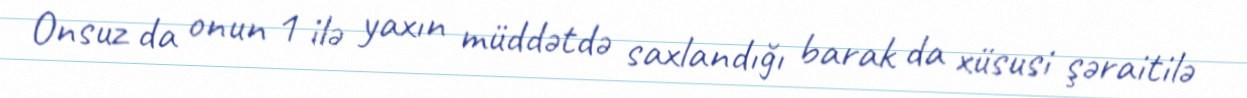
Onsuz da onun 1 ilə yaxın müddətdə saxlandığı barak da xüsusi şəraitilə